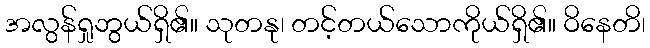
အလွန်ရှုဘွယ်ရှိ၏။ သုတနု၊ တင့်တယ်သောကိုယ်ရှိ၏။ ဝိနေတိ၊